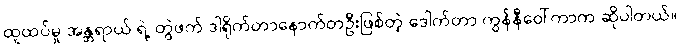
ထူထပ်မှု အန္တရာယ် ရဲ့ တွဲဖက် ဒါရိုက်တာနောက်တဦးဖြစ်တဲ့ ဒေါက်တာ ကွန်နီဝေါ်ကာက ဆိုပါတယ်။